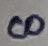
Text: 8